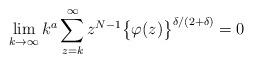
LaTeX: \begin{align*}\lim_{k\rightarrow\infty}k^{a}\sum_{z=k}^{\infty}z^{N-1}\bigl\{\varphi(z)\bigr\}^{\delta/(2+\delta)}=0\end{align*}